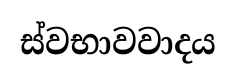
ස්වභාවවාදය